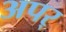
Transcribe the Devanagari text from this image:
अपर्